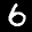
Label: 6